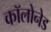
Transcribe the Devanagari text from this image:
कॉलोनेड